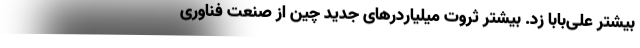
بیشتر علی‌بابا زد. بیشتر ثروت میلیاردرهای جدید چین از صنعت فناوری